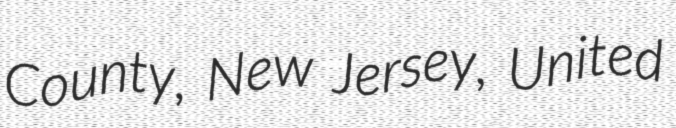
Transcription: County, New Jersey, United